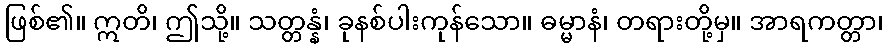
ဖြစ်၏။ ဣတိ၊ ဤသို့။ သတ္တန္နံ၊ ခုနစ်ပါးကုန်သော။ ဓမ္မာနံ၊ တရားတို့မှ။ အာရကတ္တာ၊